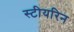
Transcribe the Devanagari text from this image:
स्टीयरिन